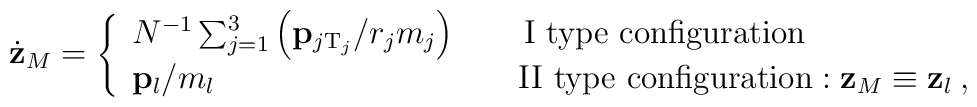
\dot{\bf z}_{M} = \left\{\begin{array} {ll}N^{-1} \sum_{j=1}^3 \left( {\bf p}_{j {\rm T}_j}/r_j  m_j \right)\qquad \mbox{I type configuration}& \\{\bf p}_{l}/m_l \qquad \qquad\qquad \qquad \quad \mbox{ II type configuration}:{\bf z}_M\equiv{\bf z}_l \> ,\end{array} \right.